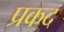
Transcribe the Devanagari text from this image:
प्रकद